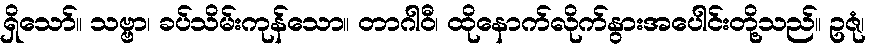
ရှိသော်။ သဗ္ဗာ၊ ခပ်သိမ်းကုန်သော။ တာဂါဝီ၊ ထိုနောက်လိုက်နွားအပေါင်းတို့သည်။ ဥဇုံ၊